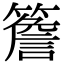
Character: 簷